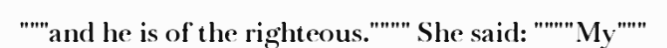
"""and he is of the righteous."""" She said: """"My"""